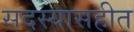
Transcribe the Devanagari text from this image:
सदस्यासहीत